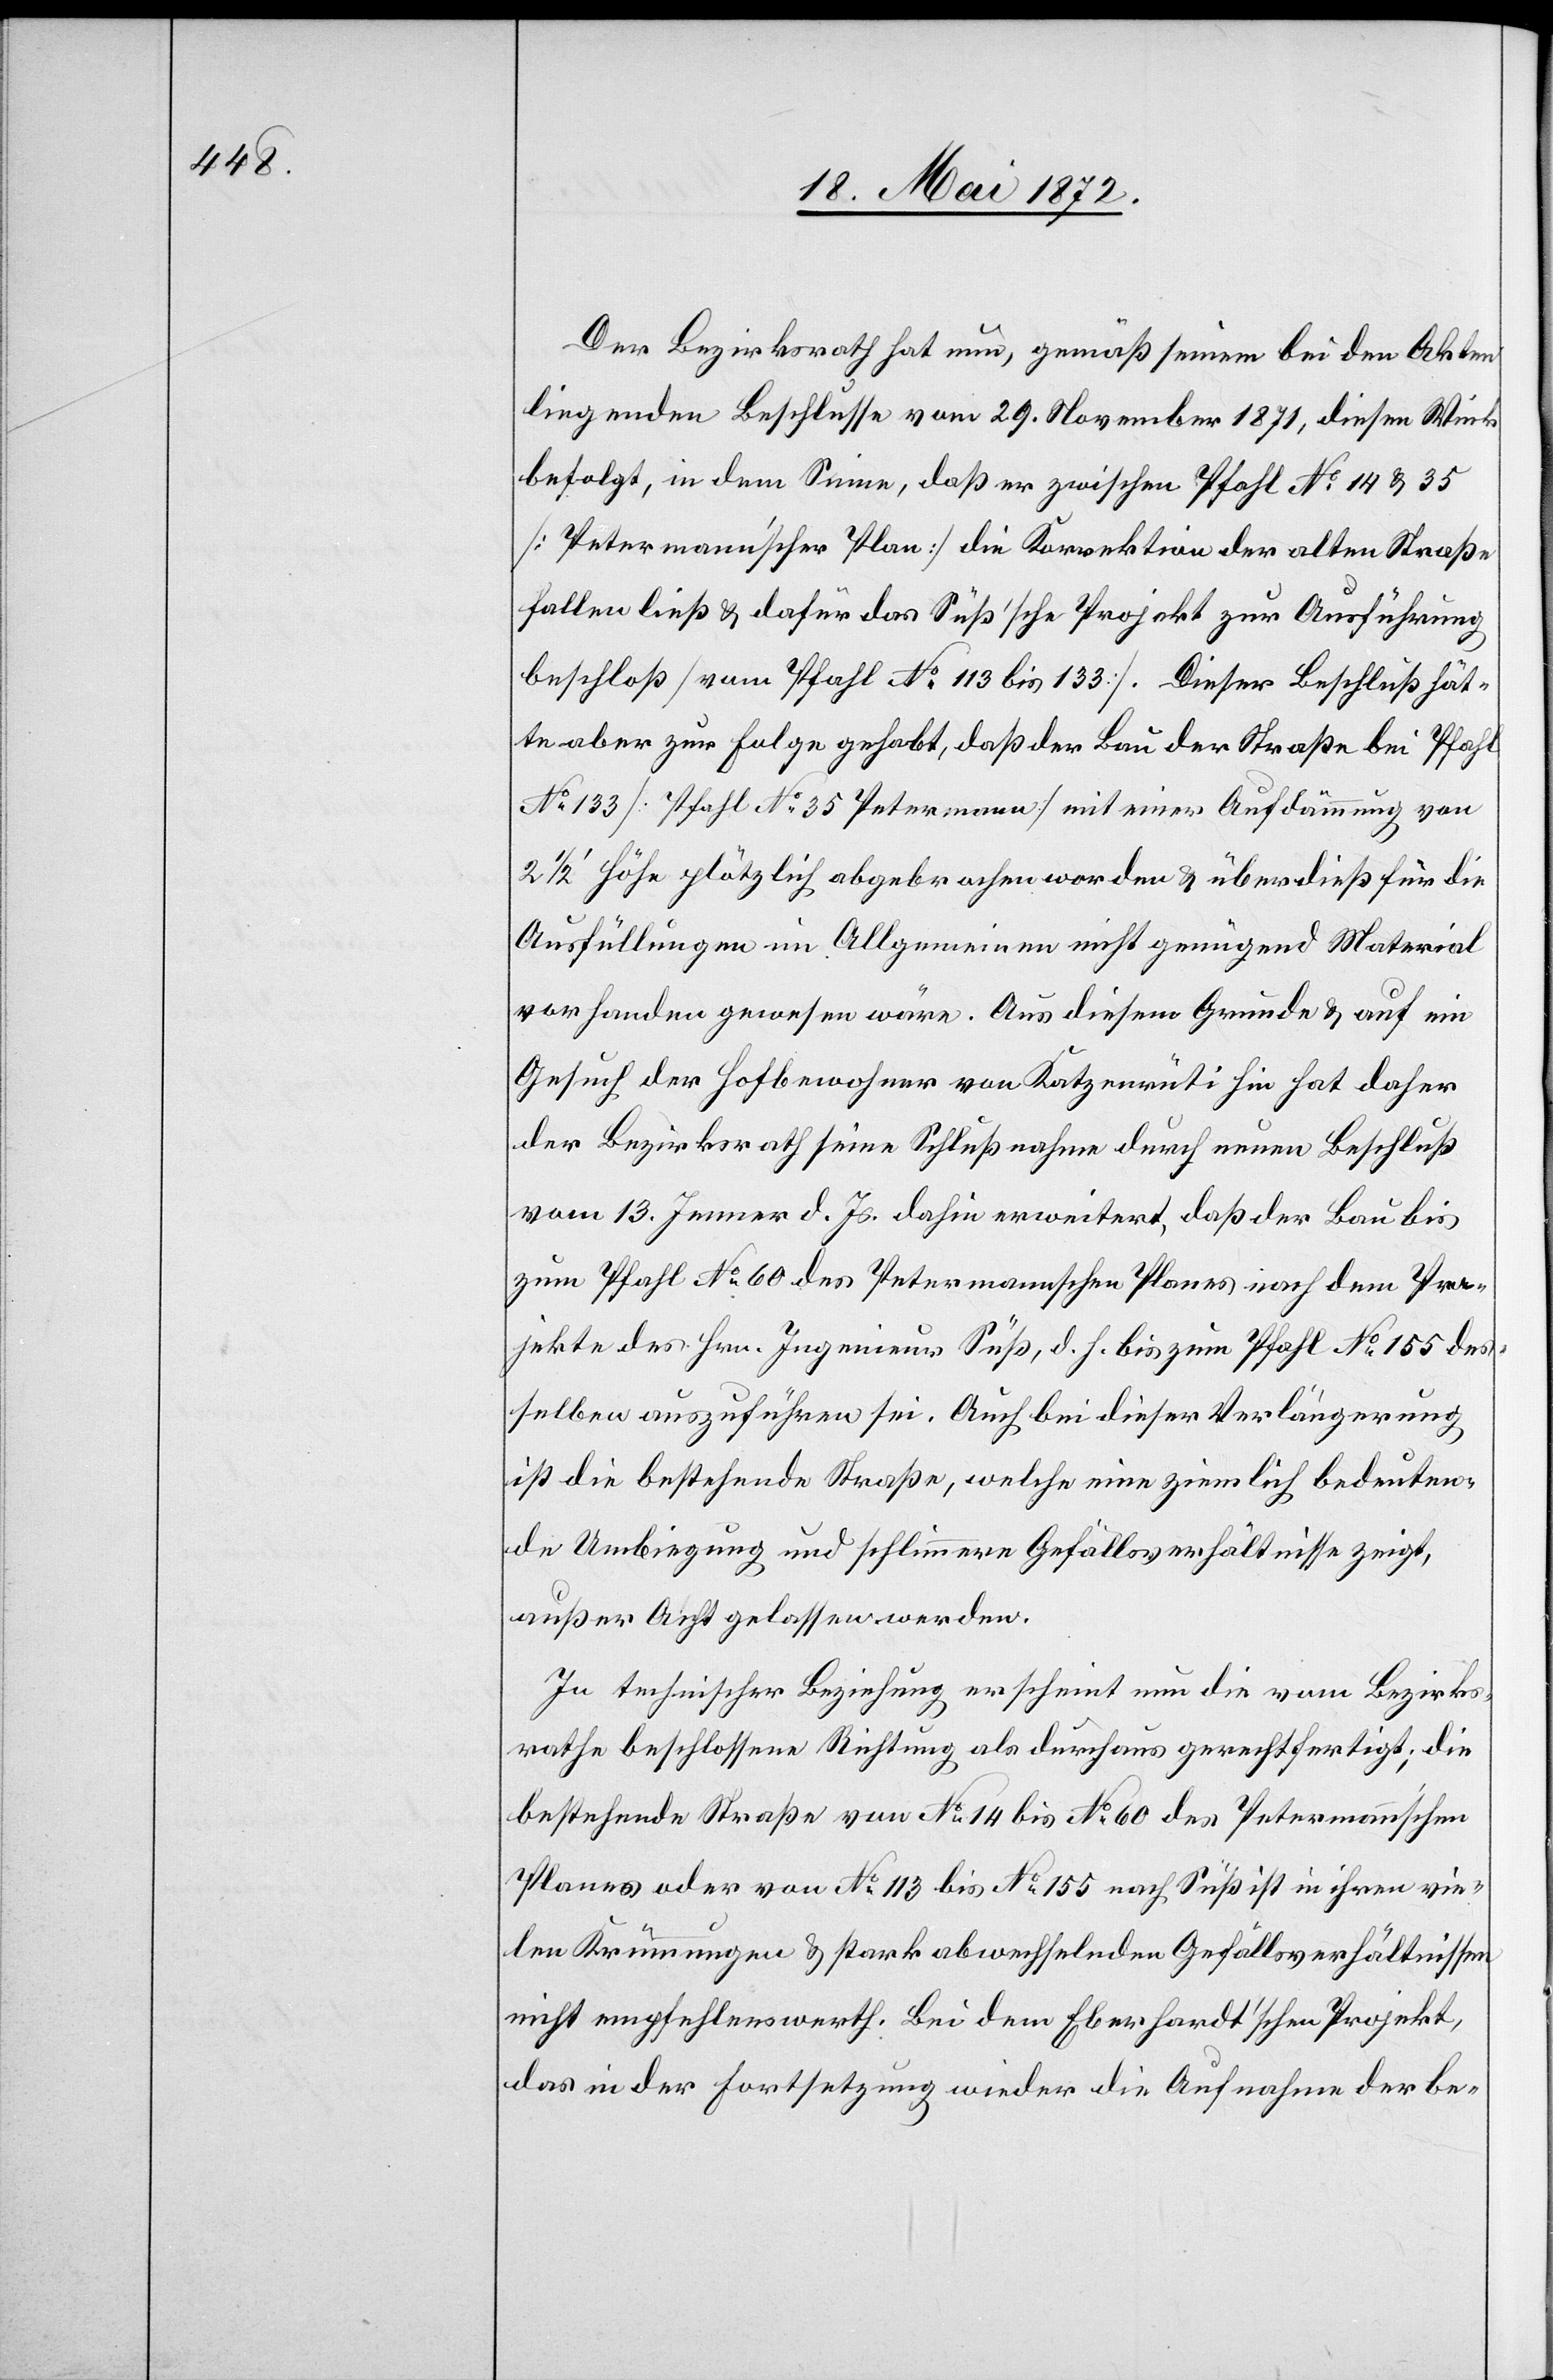
Der Bezirksrath hat nun, gemäß seinem bei den Akten
liegenden Beschlusse vom 29. November 1871, diesen Wink
befolgt, in dem Sinne, daß er zwischen Pfahl No 14 u. 35
[Petermann’scher Plan] die Korrektion der alten Straße
fallen ließ u. dafür das Süß’sche Projekt zur Ausführung
beschloß [vom Pfahl No 113 bis 133]. Dieser Beschluß hät¬
te aber zur Folge gehabt, daß der Bau der Straße bei Pfahl
No 133 [Pfahl No 35 Petermann] mit einer Aufdämmung von
2 1/2’ Höhe plötzlich abgebrochen worden u. überdieß für die
Ausfüllungen im Allgemeinen nicht genügend Material
vorhanden gewesen wäre. Aus diesem Grunde u. auf ein
Gesuch der Hofbewohner von Katzenrüti hin hat daher
der Bezirksrath seine Schlußnahme durch neuen Beschluß
vom 13. Jenner d. Js. dahin erweitert, daß der Bau bis
zum Pfahl No 60 des Petermannschen Planes nach dem Pro¬
jekte des Hrn. Ingenieurs Süß, d. h. bis zum Pfahl No 155 des¬
selben auszuführen sei. Auch bei dieser Verlängerung
ist die bestehende Straße, welche eine ziemlich bedeuten¬
de Umbiegung und schlimmere Gefällsverhältnisse zeigt,
außer Acht gelassen werden
In technischer Beziehung erscheint nun die vom Bezirks¬
rathe beschlossene Richtung als durchaus gerechtfertigt; die
bestehende Straße von No 14 bis No 60 des Petermann’schen
Planes oder von No 113 bis No 155 nach Süß ist in ihren vie¬
len Krümmungen u. stark abwechselnden Gefällsverhältnissen
nicht empfehlenswerth. Bei dem Eberhardt’schen Projekt,
das in der Fortsetzung wieder die Aufnahme der be-